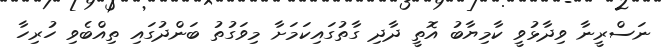
ނަސްރީނާ ވިދާޅުވީ ކާމިޔާބު އޮތީ ދާދި ގާތުގައިކަމަށާ މިވަގުތު ބަންދުގައި ތިއްބެވި ހުރިހާ